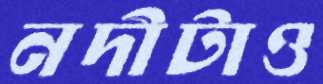
নদীটাও